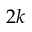
2 k